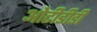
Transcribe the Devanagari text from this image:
ओटीडीडी